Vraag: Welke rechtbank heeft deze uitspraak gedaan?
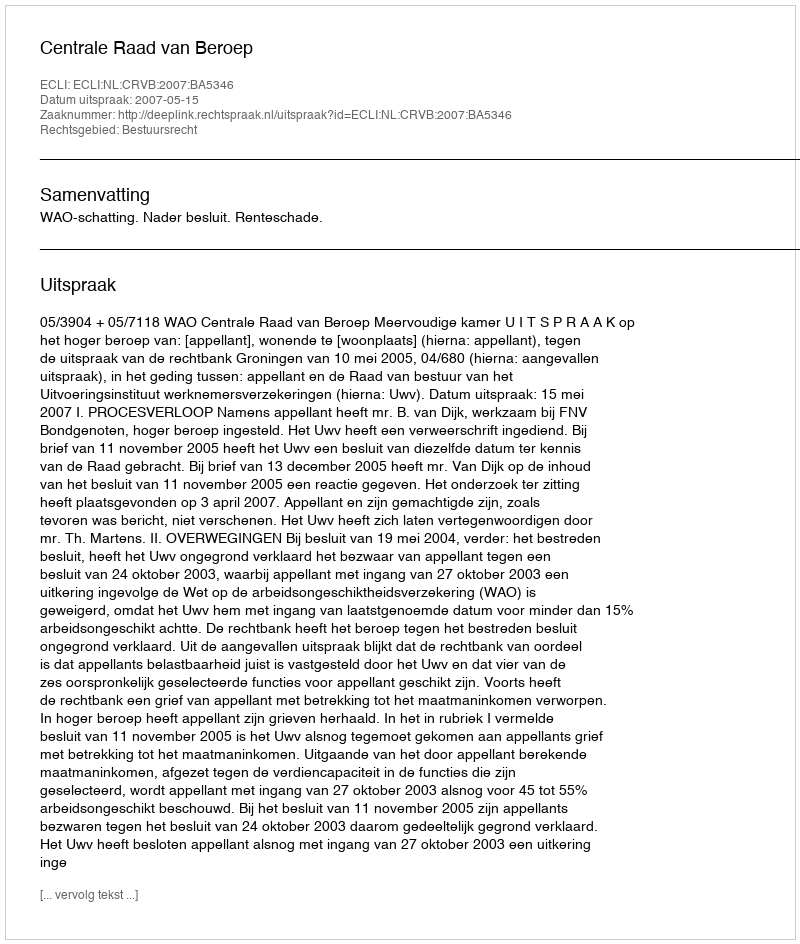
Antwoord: Centrale Raad van Beroep